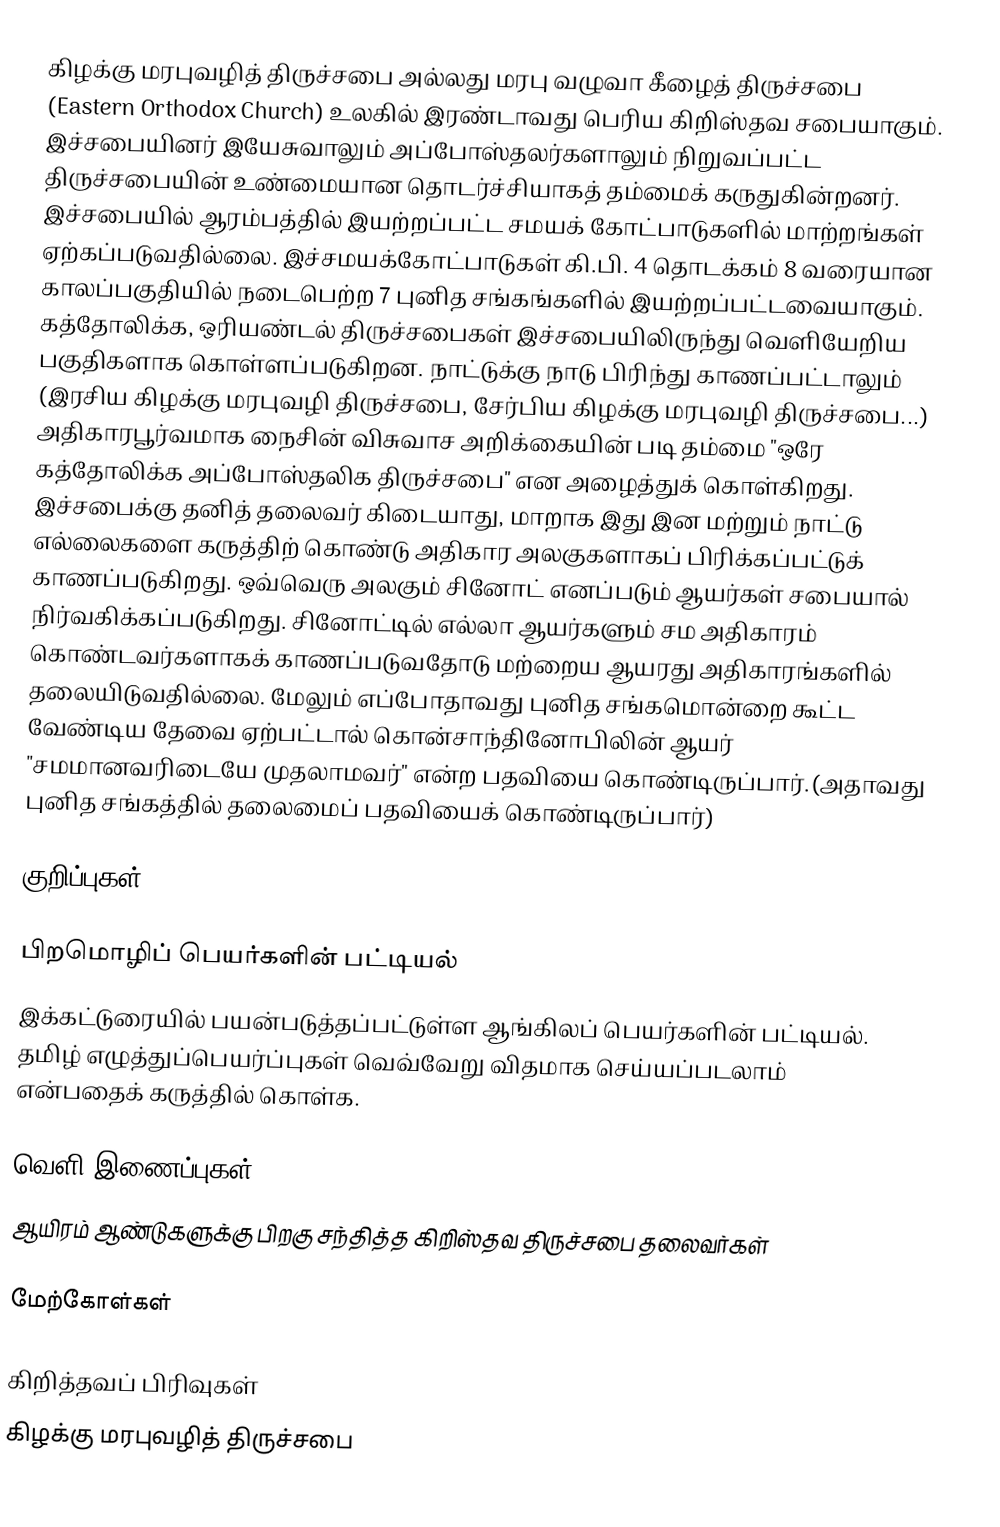
கிழக்கு மரபுவழித் திருச்சபை அல்லது மரபு வழுவா கீழைத் திருச்சபை (Eastern Orthodox Church) உலகில் இரண்டாவது பெரிய கிறிஸ்தவ சபையாகும். இச்சபையினர் இயேசுவாலும் அப்போஸ்தலர்களாலும் நிறுவப்பட்ட திருச்சபையின் உண்மையான தொடர்ச்சியாகத் தம்மைக் கருதுகின்றனர். இச்சபையில் ஆரம்பத்தில் இயற்றப்பட்ட சமயக் கோட்பாடுகளில் மாற்றங்கள் ஏற்கப்படுவதில்லை. இச்சமயக்கோட்பாடுகள் கி.பி. 4 தொடக்கம் 8 வரையான காலப்பகுதியில் நடைபெற்ற 7 புனித சங்கங்களில் இயற்றப்பட்டவையாகும். கத்தோலிக்க, ஒரியண்டல் திருச்சபைகள் இச்சபையிலிருந்து வெளியேறிய பகுதிகளாக கொள்ளப்படுகிறன. நாட்டுக்கு நாடு பிரிந்து காணப்பட்டாலும் (இரசிய கிழக்கு மரபுவழி திருச்சபை, சேர்பிய கிழக்கு மரபுவழி திருச்சபை...) அதிகாரபூர்வமாக நைசின் விசுவாச அறிக்கையின் படி தம்மை "ஒரே கத்தோலிக்க அப்போஸ்தலிக திருச்சபை" என அழைத்துக் கொள்கிறது. இச்சபைக்கு தனித் தலைவர் கிடையாது, மாறாக இது இன மற்றும் நாட்டு எல்லைகளை கருத்திற் கொண்டு அதிகார அலகுகளாகப் பிரிக்கப்பட்டுக் காணப்படுகிறது. ஒவ்வெரு அலகும் சினோட் எனப்படும் ஆயர்கள் சபையால் நிர்வகிக்கப்படுகிறது. சினோட்டில் எல்லா ஆயர்களும் சம அதிகாரம் கொண்டவர்களாகக் காணப்படுவதோடு மற்றைய ஆயரது அதிகாரங்களில் தலையிடுவதில்லை. மேலும் எப்போதாவது புனித சங்கமொன்றை கூட்ட வேண்டிய தேவை ஏற்பட்டால் கொன்சாந்தினோபிலின் ஆயர் "சமமானவரிடையே முதலாமவர்" என்ற பதவியை கொண்டிருப்பார்.(அதாவது புனித சங்கத்தில் தலைமைப் பதவியைக் கொண்டிருப்பார்)

குறிப்புகள்

பிறமொழிப் பெயர்களின் பட்டியல்
இக்கட்டுரையில் பயன்படுத்தப்பட்டுள்ள ஆங்கிலப் பெயர்களின் பட்டியல். தமிழ் எழுத்துப்பெயர்ப்புகள் வெவ்வேறு விதமாக செய்யப்படலாம் என்பதைக் கருத்தில் கொள்க.

வெளி இணைப்புகள்
 ஆயிரம் ஆண்டுகளுக்கு பிறகு சந்தித்த கிறிஸ்தவ திருச்சபை தலைவர்கள்

மேற்கோள்கள்

கிறித்தவப் பிரிவுகள்
கிழக்கு மரபுவழித் திருச்சபை